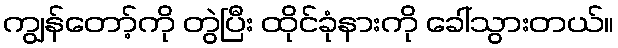
ကျွန်တော့်ကို တွဲပြီး ထိုင်ခုံနားကို ခေါ်သွားတယ်။